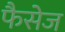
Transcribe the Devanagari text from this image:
फैसेज